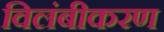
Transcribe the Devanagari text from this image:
विलंबीकरण